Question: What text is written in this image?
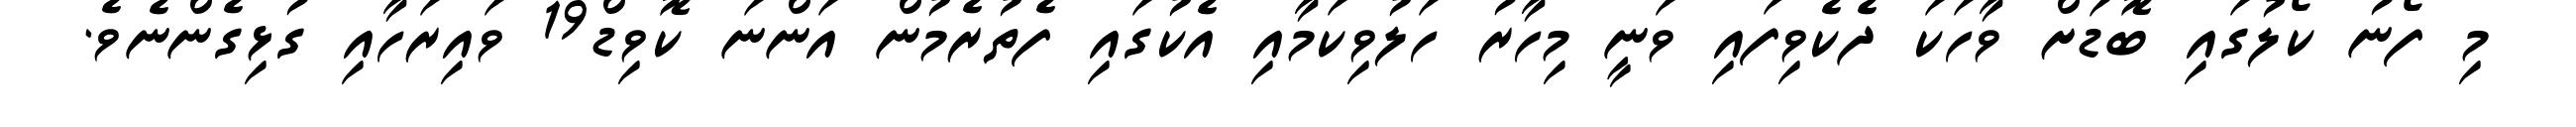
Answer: މި ފޯނު ކޯލުގައި ބޮޑަށް ވާހަކަ ދެކެވިފައި ވަނީ މިހާރު ހަލުވިކަމާއި އެކުގައި ފެތުރެމުން އަންނަ ކޮވިޑް19 ވައިރަހާއި ގުޅިގެންނެވެ.